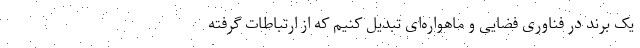
یک برند در فناوری فضایی و ماهواره‌ای تبدیل کنیم که از ارتباطات گرفته